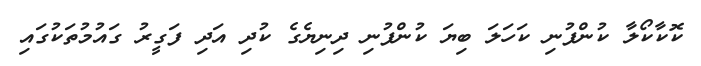
ކޮކާކޯލާ ކުންފުނި ކަހަލަ ބިޔަ ކުންފުނި ދިނިޔެގެ ކުދި އަދި ފަގީރު ގައުމުތަކުގައި